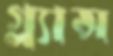
গ্ল্যান্স